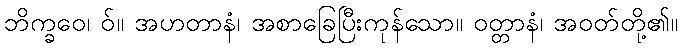
ဘိက္ခဝေ၊ ဝ်။ အဟတာနံ၊ အစာခြေပြီးကုန်သော။ ဝတ္တာနံ၊ အဝတ်တို့၏။